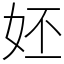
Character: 㚰